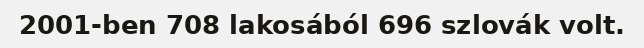
2001-ben 708 lakosából 696 szlovák volt.